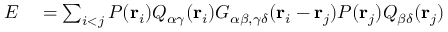
\begin{array} { r l } { E } & { { } = \sum _ { i < j } P ( { \bf r } _ { i } ) Q _ { \alpha \gamma } ( { \bf r } _ { i } ) G _ { \alpha \beta , \gamma \delta } ( { \bf r } _ { i } - { \bf r } _ { j } ) P ( { \bf r } _ { j } ) Q _ { \beta \delta } ( { \bf r } _ { j } ) } \end{array}